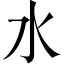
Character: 水